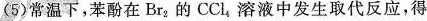
(5)常温下，苯酚在Br_{2}的CCl_{4}。溶液中发生取代反应，得